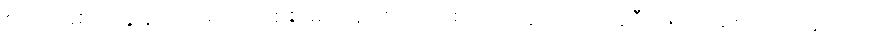
စကားမစပ် ကျွန်တော့်ရဲ့ လျှပ်စစ် မုတ်ဆိတ် ရိတ် စက် ကွန်ပျူတာ အဲဒီလိုဟာ မျိုး သုံးလို့မလား။